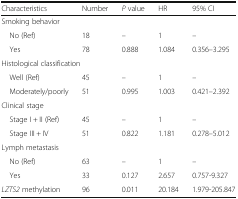
<table><thead><tr><td><b>Characteristics</b></td><td><b>Number</b></td><td><b><i>P</i> value</b></td><td><b>HR</b></td><td><b>95% CI</b></td></tr></thead><tbody><tr><td colspan="5">Smoking behavior</td></tr><tr><td> No (Ref)</td><td>18</td><td>–</td><td>1</td><td>–</td></tr><tr><td> Yes</td><td>78</td><td>0.888</td><td>1.084</td><td>0.356–3.295</td></tr><tr><td colspan="5">Histological classification</td></tr><tr><td> Well (Ref)</td><td>45</td><td>–</td><td>1</td><td>–</td></tr><tr><td> Moderately/poorly</td><td>51</td><td>0.995</td><td>1.003</td><td>0.421–2.392</td></tr><tr><td colspan="5">Clinical stage</td></tr><tr><td> Stage I + II (Ref)</td><td>45</td><td>–</td><td>1</td><td>–</td></tr><tr><td> Stage III + IV</td><td>51</td><td>0.822</td><td>1.181</td><td>0.278–5.012</td></tr><tr><td colspan="5">Lymph metastasis</td></tr><tr><td> No (Ref)</td><td>63</td><td>–</td><td>1</td><td>–</td></tr><tr><td> Yes</td><td>33</td><td>0.127</td><td>2.657</td><td>0.757-9.327</td></tr><tr><td><i>LZTS2</i> methylation</td><td>96</td><td>0.011</td><td>20.184</td><td>1.979-205.847</td></tr></tbody></table>